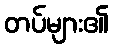
တပ်များ၏